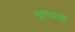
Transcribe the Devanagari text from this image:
सूरदासी